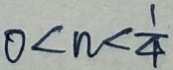
0 < n < \frac { 1 } { 4 }